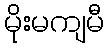
မိုးမကျမီ